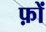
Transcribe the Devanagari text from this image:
फ़ों